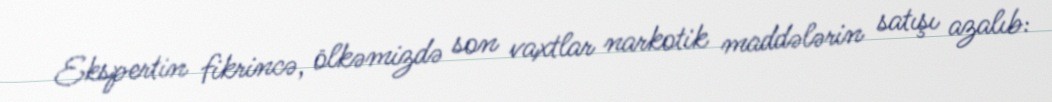
Ekspertin fikrincə, ölkəmizdə son vaxtlar narkotik maddələrin satışı azalıb: